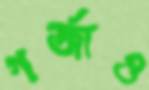
গর্‌জাও